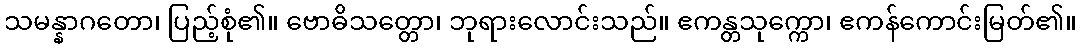
သမန္နာဂတော၊ ပြည့်စုံ၏။ ဗောဓိသတ္တော၊ ဘုရားလောင်းသည်။ ဧကန္တသုက္ကော၊ ဧကန်ကောင်းမြတ်၏။